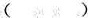
( )